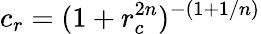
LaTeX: c_{r}=(1+r_{c}^{2n})^{-(1+1/n)}